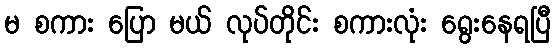
မ စကား ပြော မယ် လုပ်တိုင်း စကားလုံး ရွေးနေရပြီ